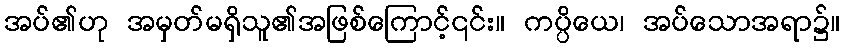
အပ်၏ဟု အမှတ်မရှိသူ၏အဖြစ်ကြောင့်၎င်း။ ကပ္ပိယေ၊ အပ်သောအရာ၌။